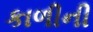
કાળીની